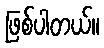
ဖြစ်ပါတယ်။